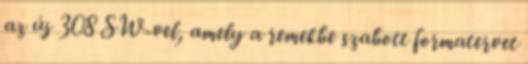
az új 308 SW-vel, amely a remekbe szabott formatervet